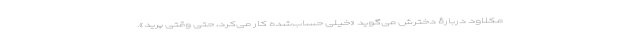
مکلاود دربارۀ دخترش می‌گوید «خیلی حساب‌شده کار می‌کرد، حتی وقتی پرید».